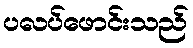
ပလပ်ဖောင်းသည်